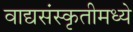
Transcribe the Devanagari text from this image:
वाद्यसंस्कृतीमध्ये